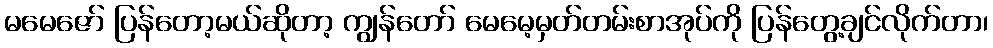
မမေဇော် ပြန်တော့မယ်ဆိုတာ့ ကျွန်တော် မေမေ့မှတ်တမ်းစာအုပ်ကို ပြန်တွေ့ချင်လိုက်တာ၊